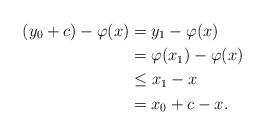
LaTeX: \begin{align*}(y_0+c)-\varphi(x)&=y_1-\varphi(x)\\&=\varphi(x_1)-\varphi(x)\\&\leq x_1-x\\&=x_0+c-x.\end{align*}